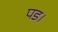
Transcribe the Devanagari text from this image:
पड।